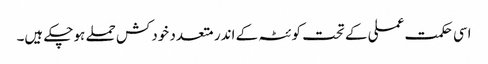
اسی حکمت عملی کے تحت کوئٹہ کے اندر متعدد خودکش حملے ہوچکے ہیں۔